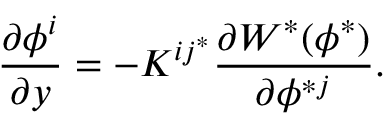
{ \frac { \partial \phi ^ { i } } { \partial y } } = - K ^ { i j ^ { * } } \frac { \partial { \cal W } ^ { * } ( \phi ^ { * } ) } { \partial \phi ^ { * j } } .